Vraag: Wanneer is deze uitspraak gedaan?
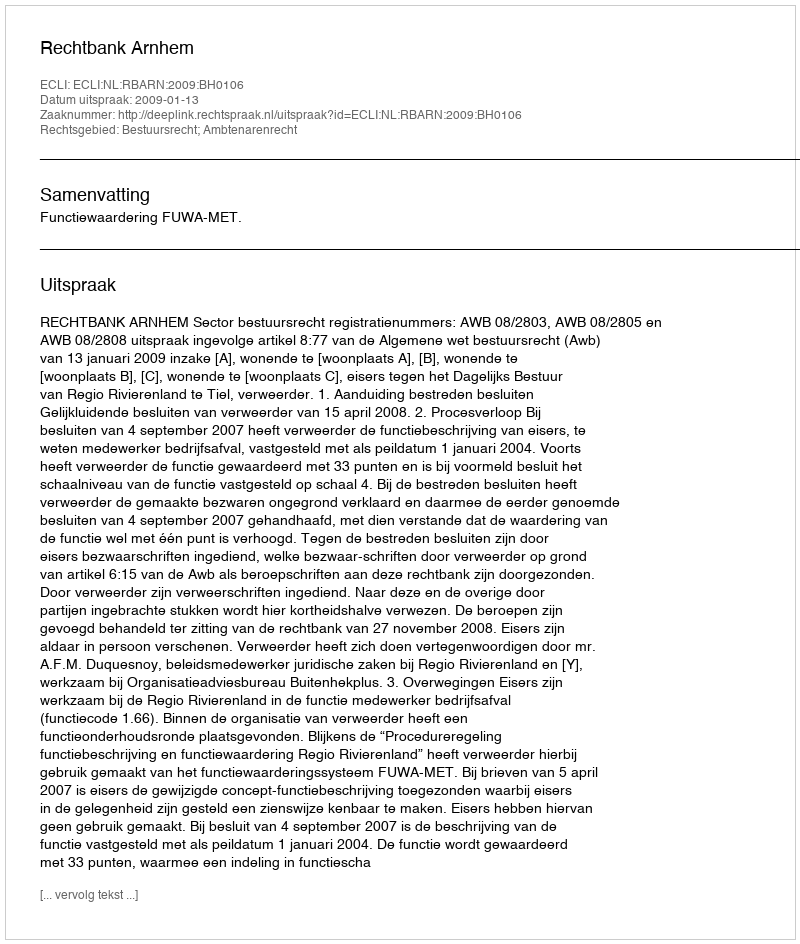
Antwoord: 2009-01-13